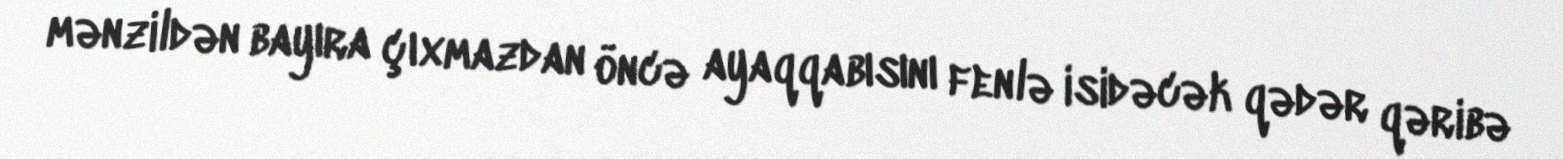
mənzildən bayıra çıxmazdan öncə ayaqqabısını fenlə isidəcək qədər qəribə